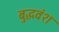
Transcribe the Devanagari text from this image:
बुद्धवंश